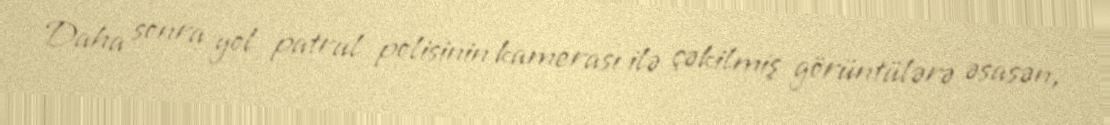
Daha sonra yol patrul polisinin kamerası ilə çəkilmiş görüntülərə əsasən,